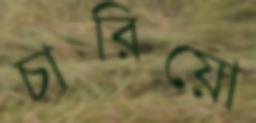
চারিয়ো